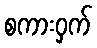
စကားဝှက်